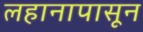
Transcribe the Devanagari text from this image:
लहानापासून